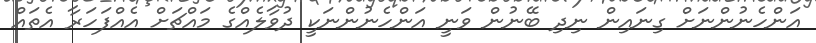
އަންހެނުންނަށް ގިނައިން ނިދި ބޭނުން ވަނީ އަންހެނުންނަކީ ދުވާލެއްގެ މައްޗަށް އެއްފަހަރާ އެތައް